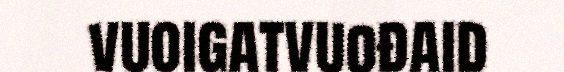
vuoigatvuođaid